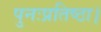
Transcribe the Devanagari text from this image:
पुनःप्रतिष्ठा।